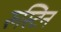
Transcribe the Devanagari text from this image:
रुस्टिन